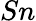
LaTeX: Sn